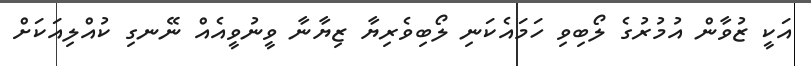
އަކީ ޒުވާން އުމުރުގެ ލޯބިވި ހަމައެކަނި ލޯބިވެރިޔާ ޒިޔާނާ ވީނުވީއެއް ނޭނގި ކުއްލިއަކަށް